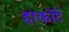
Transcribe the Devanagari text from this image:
हार्कोटे